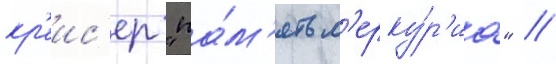
кр'еис'ер "па́м'ять м'ерку́р'иа" //